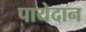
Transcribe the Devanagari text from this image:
पायेदान